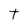
Character: t